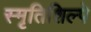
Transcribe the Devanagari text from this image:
स्मृतिशिल्पे